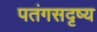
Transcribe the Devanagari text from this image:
पतंगसदृष्य